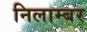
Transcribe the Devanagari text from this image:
निलाम्बर